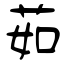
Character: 茹